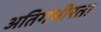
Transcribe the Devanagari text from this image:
अतिगंभीरता